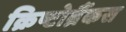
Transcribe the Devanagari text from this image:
क्रिष्टोब्रैंकस